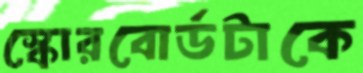
স্কোরবোর্ডটাকে